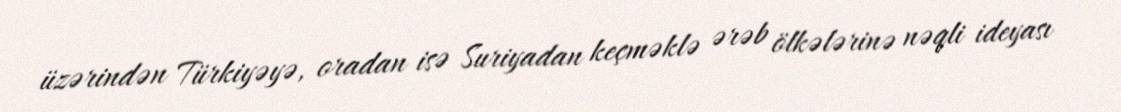
üzərindən Türkiyəyə, oradan isə Suriyadan keçməklə ərəb ölkələrinə nəqli ideyası